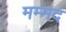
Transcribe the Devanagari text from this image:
मम्मद